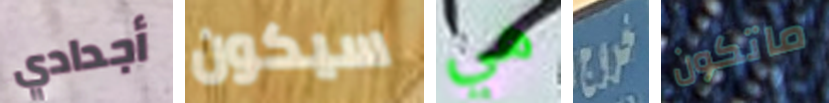
أجدادي سيكون هي خروج ماتكون